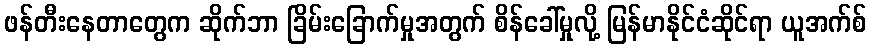
ဖန်တီးနေတာတွေက ဆိုက်ဘာ ခြိမ်းခြောက်မှုအတွက် စိန်ခေါ်မှုလို့ မြန်မာနိုင်ငံဆိုင်ရာ ယူအက်စ်